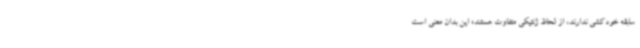
سابقه خودکشی ندارند، از لحاظ ژنتیکی متفاوت هستند؛ این بدان معنی است